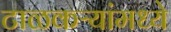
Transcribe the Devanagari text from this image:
टाळकऱ्यांमध्ये